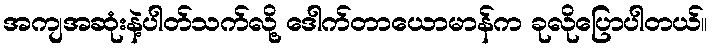
အကျအဆုံးနဲ့ပါတ်သက်လို့ ဒေါက်တာယောမာန်က ခုလိုပြောပါတယ်။